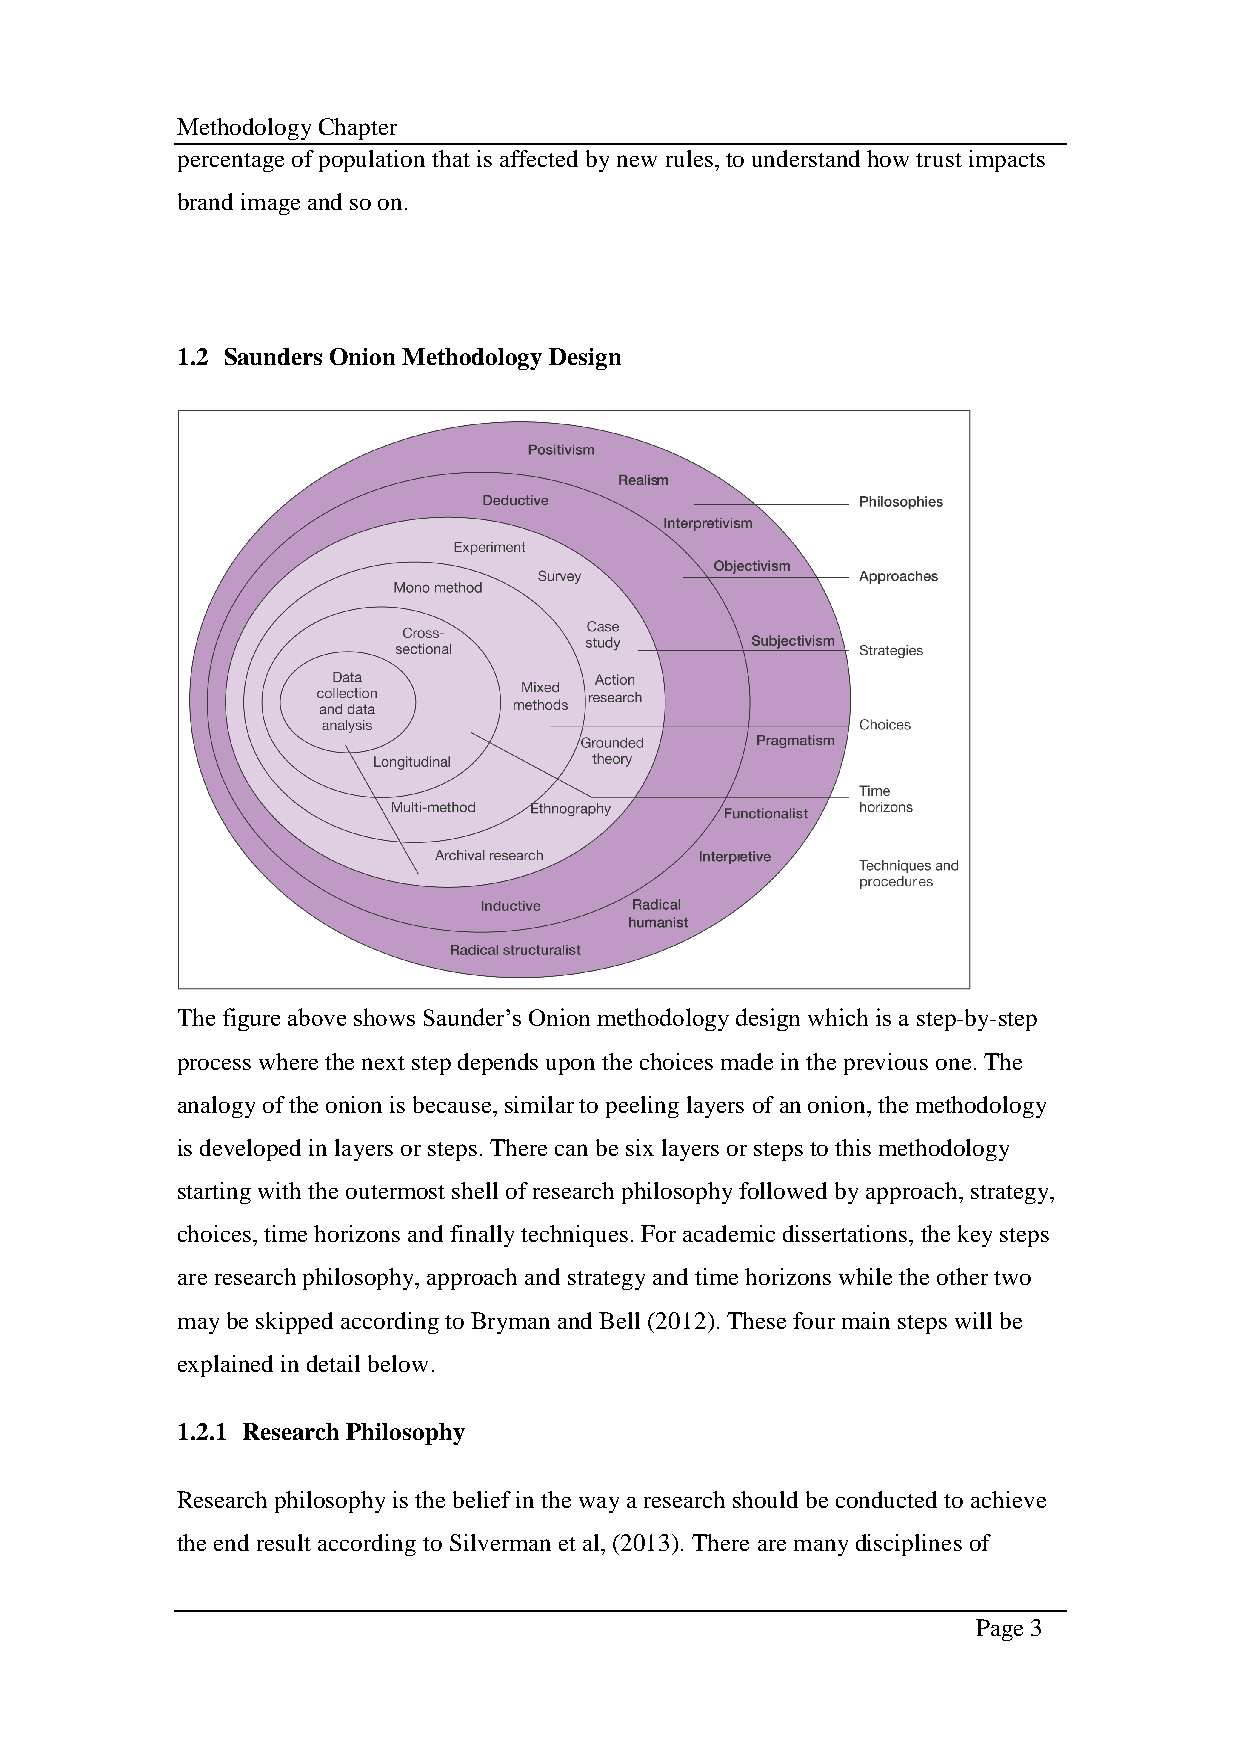
Methodology Chapter
 percentage of population that is affected by new rules, to understand how trust impacts
 brand image and so on.
 1.2 Saunders Onion Methodology Design
 The figure above shows Saunder’s Onion methodology design which is a step-by-step
 process where the next step depends upon the choices made in the previous one. The
 analogy of the onion is because, similar to peeling layers of an onion, the methodology
 is developed in layers or steps. There can be six layers or steps to this methodology
 starting with the outermost shell of research philosophy followed by approach, strategy,
 choices, time horizons and finally techniques. For academic dissertations, the key steps
 are research philosophy, approach and strategy and time horizons while the other two
 may be skipped according to Bryman and Bell (2012). These four main steps will be
 explained in detail below.
 1.2.1 Research Philosophy
 Research philosophy is the belief in the way a research should be conducted to achieve
 the end result according to Silverman et al, (2013). There are many disciplines of
 Page 3